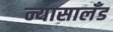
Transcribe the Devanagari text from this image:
न्यासालँड